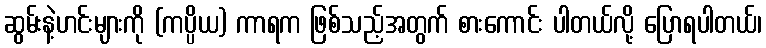
ဆွမ်းနဲ့ဟင်းများကို (ကပ္ပိယ) ကာရက ဖြစ်သည့်အတွက် စားကောင်း ပါတယ်လို့ ပြောရပါတယ်၊